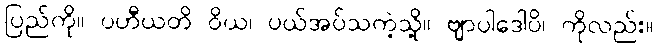
ပြည်ကို။ ပဟီယတိ ဝိယ၊ ပယ်အပ်သကဲ့သို့။ ဗျာပါဒေါပိ၊ ကိုလည်း။